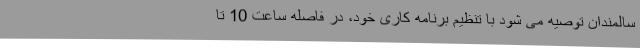
سالمندان توصیه می شود با تنظیم برنامه کاری خود، در فاصله ساعت 10 تا